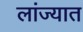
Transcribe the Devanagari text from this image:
लांज्यात